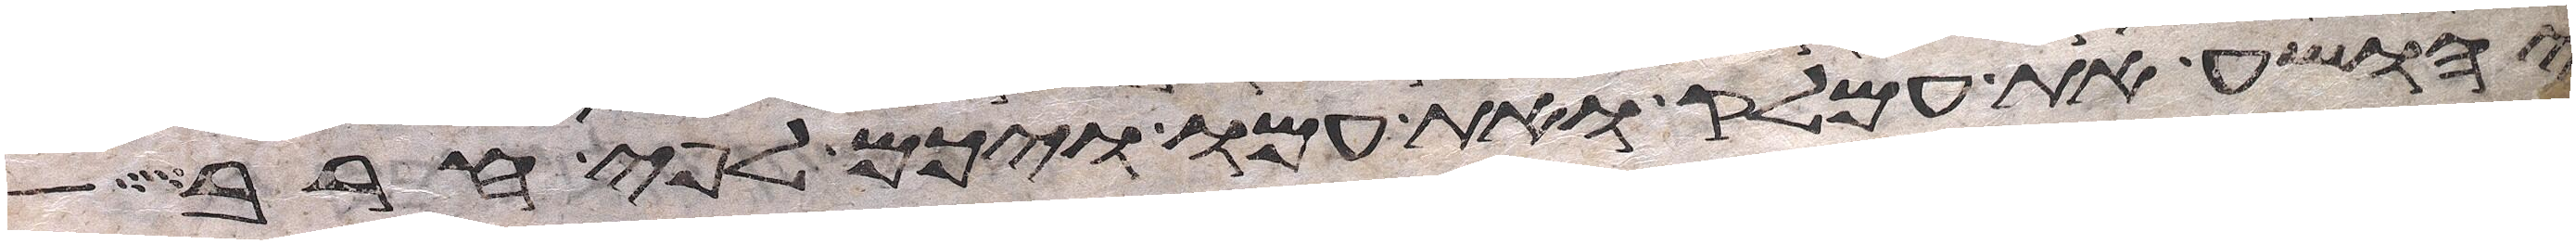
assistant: יהושע את עמלק ואת עמו ויכם לפי חרב